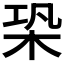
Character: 𣑦